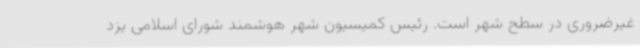
غیرضروری در سطح شهر است. رئیس کمیسیون شهر هوشمند شورای اسلامی یزد